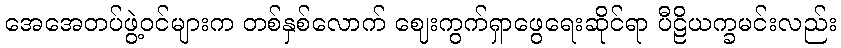
အေအေတပ်ဖွဲ့ဝင်များက တစ်နှစ်လောက် ဈေးကွက်ရှာဖွေရေးဆိုင်ရာ ပီဠိယက္ခမင်းလည်း